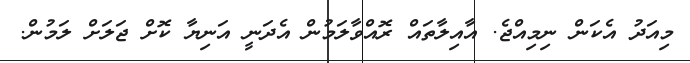
މިއަދު އެކަން ނިމިއްޖެ. އާއިލާތައް ރޮއްވާލަމުން އެދަނީ އަނިޔާ ކޮށް ޖަލަަށް ލަމުން.